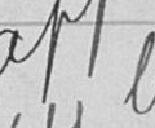
Approuvé